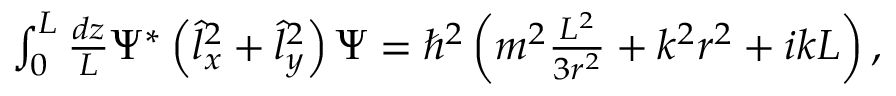
\begin{array} { r } { \int _ { 0 } ^ { L } \frac { d z } { L } \Psi ^ { * } \left( \hat { l } _ { x } ^ { 2 } + \hat { l } _ { y } ^ { 2 } \right) \Psi = \hbar ^ { 2 } \left( m ^ { 2 } \frac { L ^ { 2 } } { 3 r ^ { 2 } } + k ^ { 2 } r ^ { 2 } + i k L \right) , } \end{array}